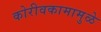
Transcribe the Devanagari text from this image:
कोरीवकामामुळे